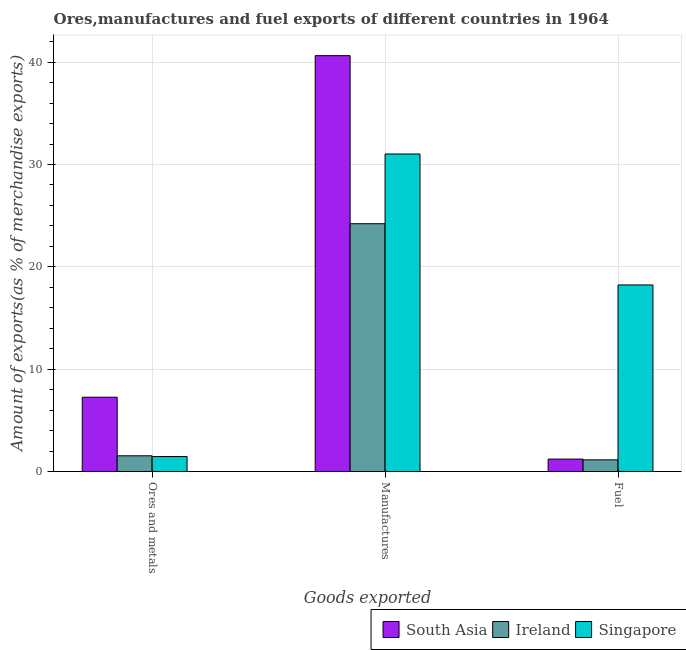
| Goods exported | South Asia | Ireland | Singapore |
 | --- | --- | --- | --- |
 | Ores and metals | 7.26 | 1.53 | 1.46 |
 | Manufactures | 40.6 | 24.2 | 31 |
 | Fuel | 1.21 | 1.14 | 18.2 |